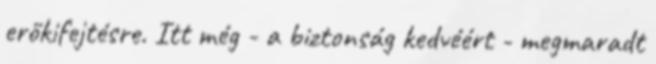
erőkifejtésre. Itt még - a biztonság kedvéért - megmaradt